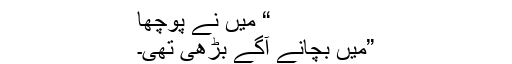
“ میں نے پوچھا
”میں بچانے آگے بڑھی تھی۔